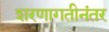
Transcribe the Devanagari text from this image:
शरणागतीनंतर